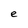
Character: e